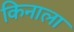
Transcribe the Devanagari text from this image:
किनाला